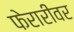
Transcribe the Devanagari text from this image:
फेरारीवर